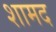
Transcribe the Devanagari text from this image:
शामद